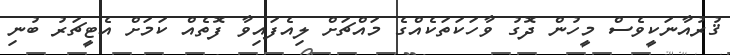
ޤުރުއާނަކީވެސް މީހުން ދޮގު ވާހަކަތަކެއްގެ މައްޗަށް ލިއެފައިވާ ފޮތެއް ކަމަށް އެޓީޗަރު ބުނި